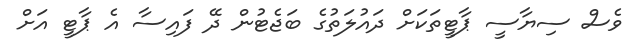
ވެސް ސިޔާސީ ޕާޓީތަކަށް ދައުލަތުގެ ބަޖެޓުން ދޭ ފައިސާ އެ ޕާޓީ އަށް